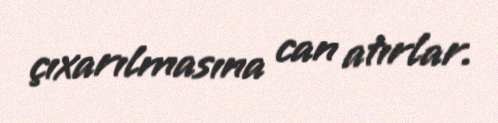
çıxarılmasına can atırlar.